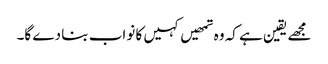
مجھے یقین ہے کہ وہ تمھیں کہیں کا نواب بنا دے گا۔